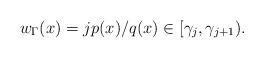
\begin{align*} w_\Gamma(x) = j p(x) / q(x) \in [\gamma_{j}, \gamma_{j+1}). \end{align*}